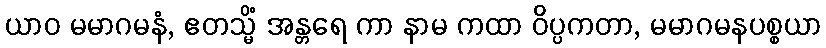
ယာဝ မမာဂမနံ, ဧတသ္မိံ အန္တရေ ကာ နာမ ကထာ ဝိပ္ပကတာ, မမာဂမနပစ္စယာ